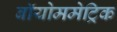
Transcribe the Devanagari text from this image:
बॉयोममेट्रिक